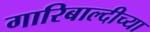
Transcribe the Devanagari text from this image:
गारिबाल्दीच्या